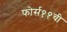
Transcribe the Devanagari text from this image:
फोर्स११ची